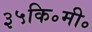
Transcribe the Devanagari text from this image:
३५कि॰मी॰